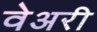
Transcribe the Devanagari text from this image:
वेअरी